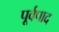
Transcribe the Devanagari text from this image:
पूर्वपाद